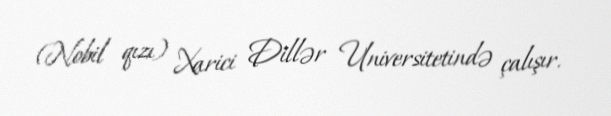
(Nobil qızı) Xarici Dillər Universitetində çalışır.